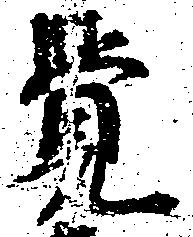
覚